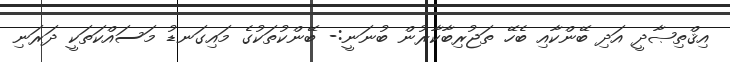
އިޤްތިޞާދީ އަދި ބޭންކާއި ބެހޭ ތަޖުރިބާކާރުން ބުނަނީ:- ބޭންކުތަކުގެ މައިގަނޑު މަސައްކަތަކީ ދަރަނި